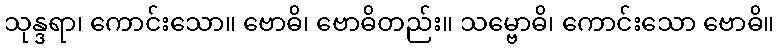
သုန္ဒရာ၊ ကောင်းသော။ ဗောဓိ၊ ဗောဓိတည်း။ သမ္ဗောဓိ၊ ကောင်းသော ဗောဓိ။